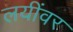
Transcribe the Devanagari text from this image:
लयींवर